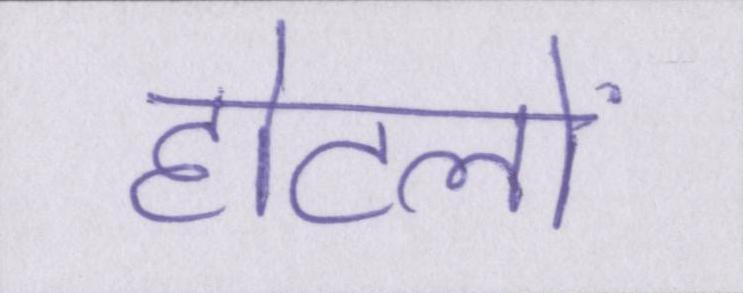
होटलों